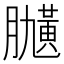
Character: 𦡽